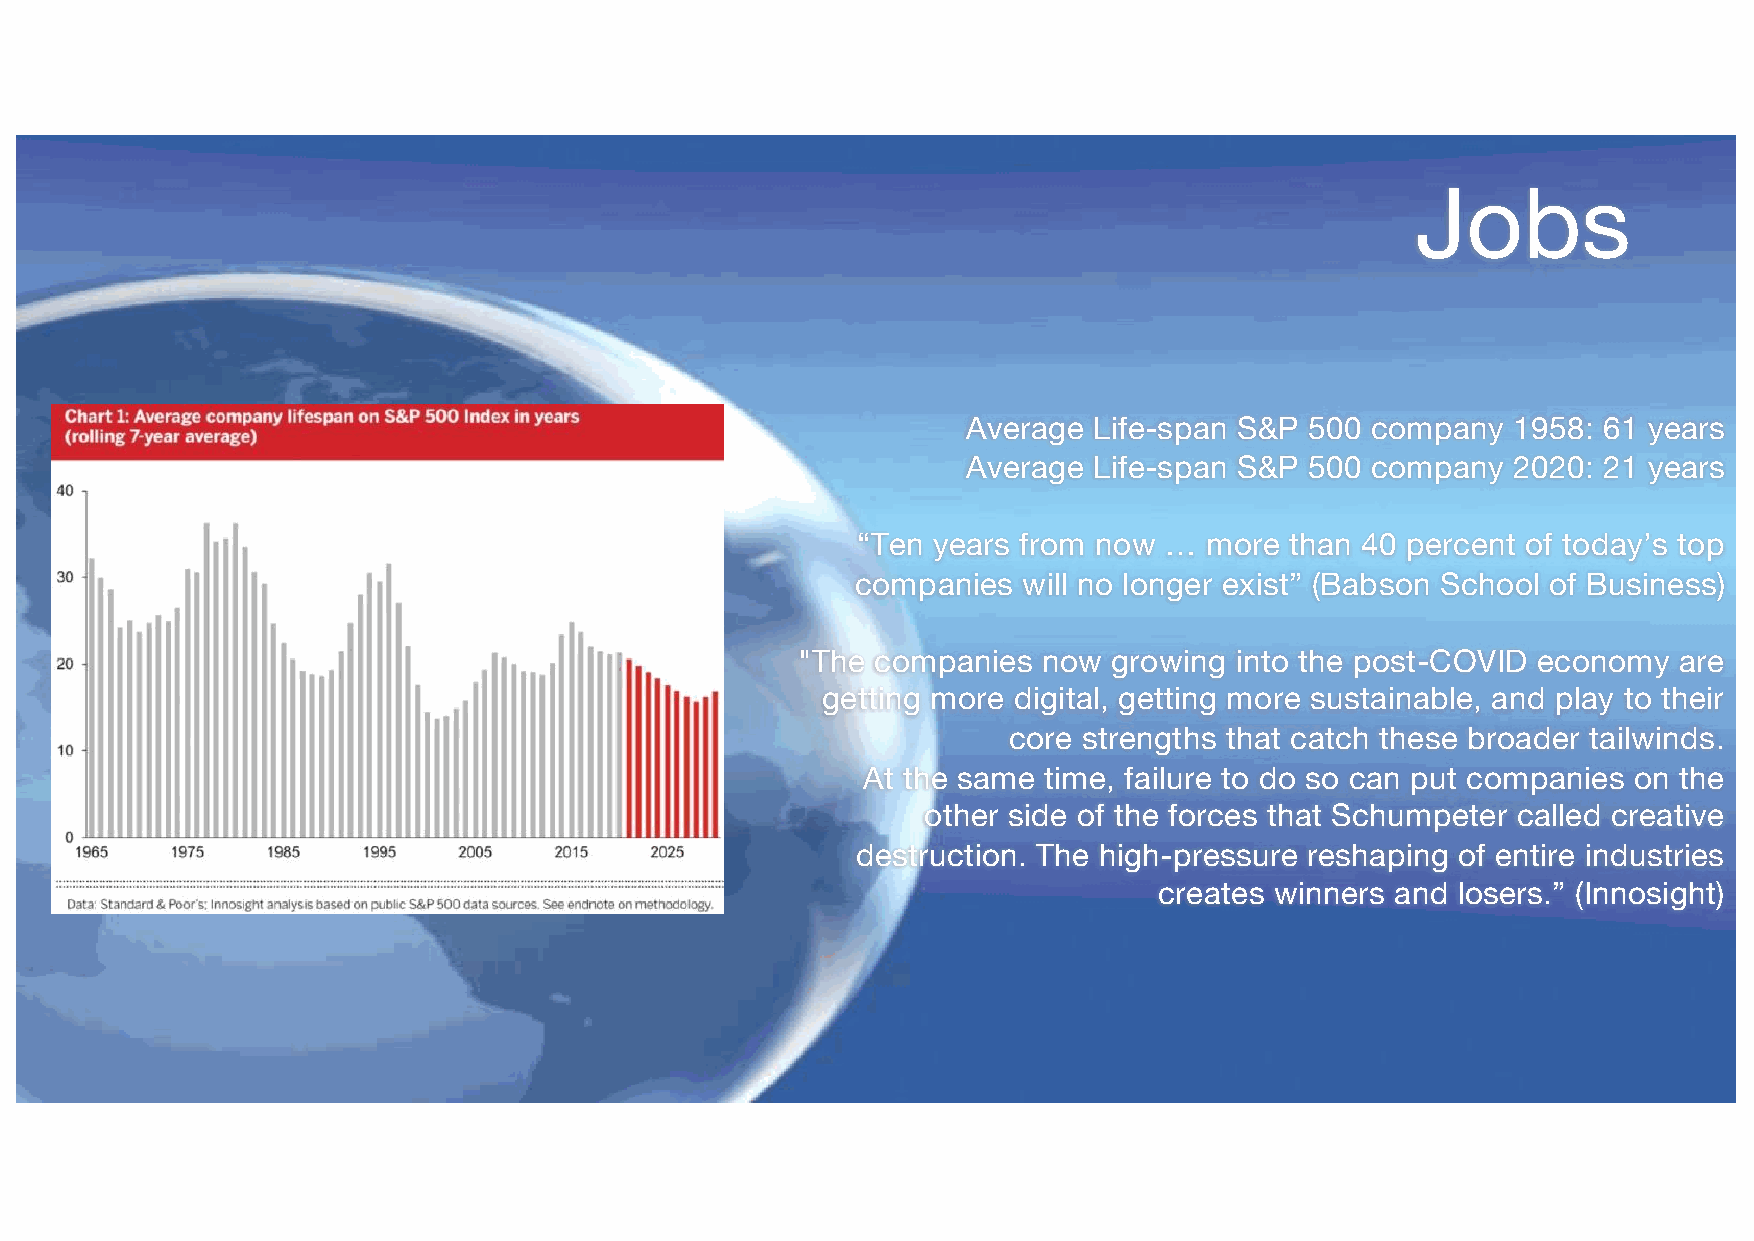
Jobs
 Average Life-span S&P  500 company  1958: 61 years
 Average Life-span S&P  500 company  2020: 21 years
 “Ten years from now …  more than 40 percent of today’s top
 companies  will no longer exist” (Babson School of Business)
 "The companies  now  growing into the post-COVID economy  are
 getting more digital, getting more sustainable, and play to their
 core strengths that catch these broader tailwinds.
 At the same time, failure to do so can put companies on the
 other side of the forces that Schumpeter called creative
 destruction. The high-pressure reshaping of entire industries
 creates winners and losers.” (Innosight)